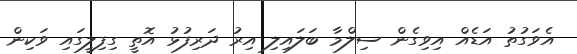
އެވަގުތު އަޑެއް އިވިގެން ސިލްމާ ބަލައިލި އިރު ދަރިފުޅު އޮތީ ގިފިލީގައި ވަކިން